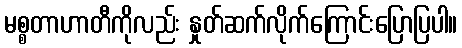
မစ္စတာဟာတီကိုလည်း နှုတ်ဆက်လိုက်ကြောင်းပြောပြပါ။